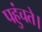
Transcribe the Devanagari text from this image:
पहुंचते।